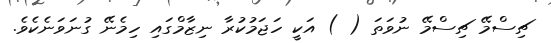
ޗިސްމޭ ޗިސްމޭ ނުވަތަ ( ) އަކީ ހަޖަމުކުރާ ނިޒާމްގައި ހިމެނޭ ގުނަވަނެކެވެ.